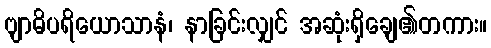
ဗျာဓိပရိယောသာနံ၊ နာခြင်းလျှင် အဆုံးရှိချေ၏တကား။